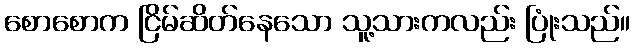
စောစောက ငြိမ်ဆိတ်နေသော သူ့သားကလည်း ပြုံးသည်။